NAE_Eesti_seltside_protokollid_1900-1917, lk 4
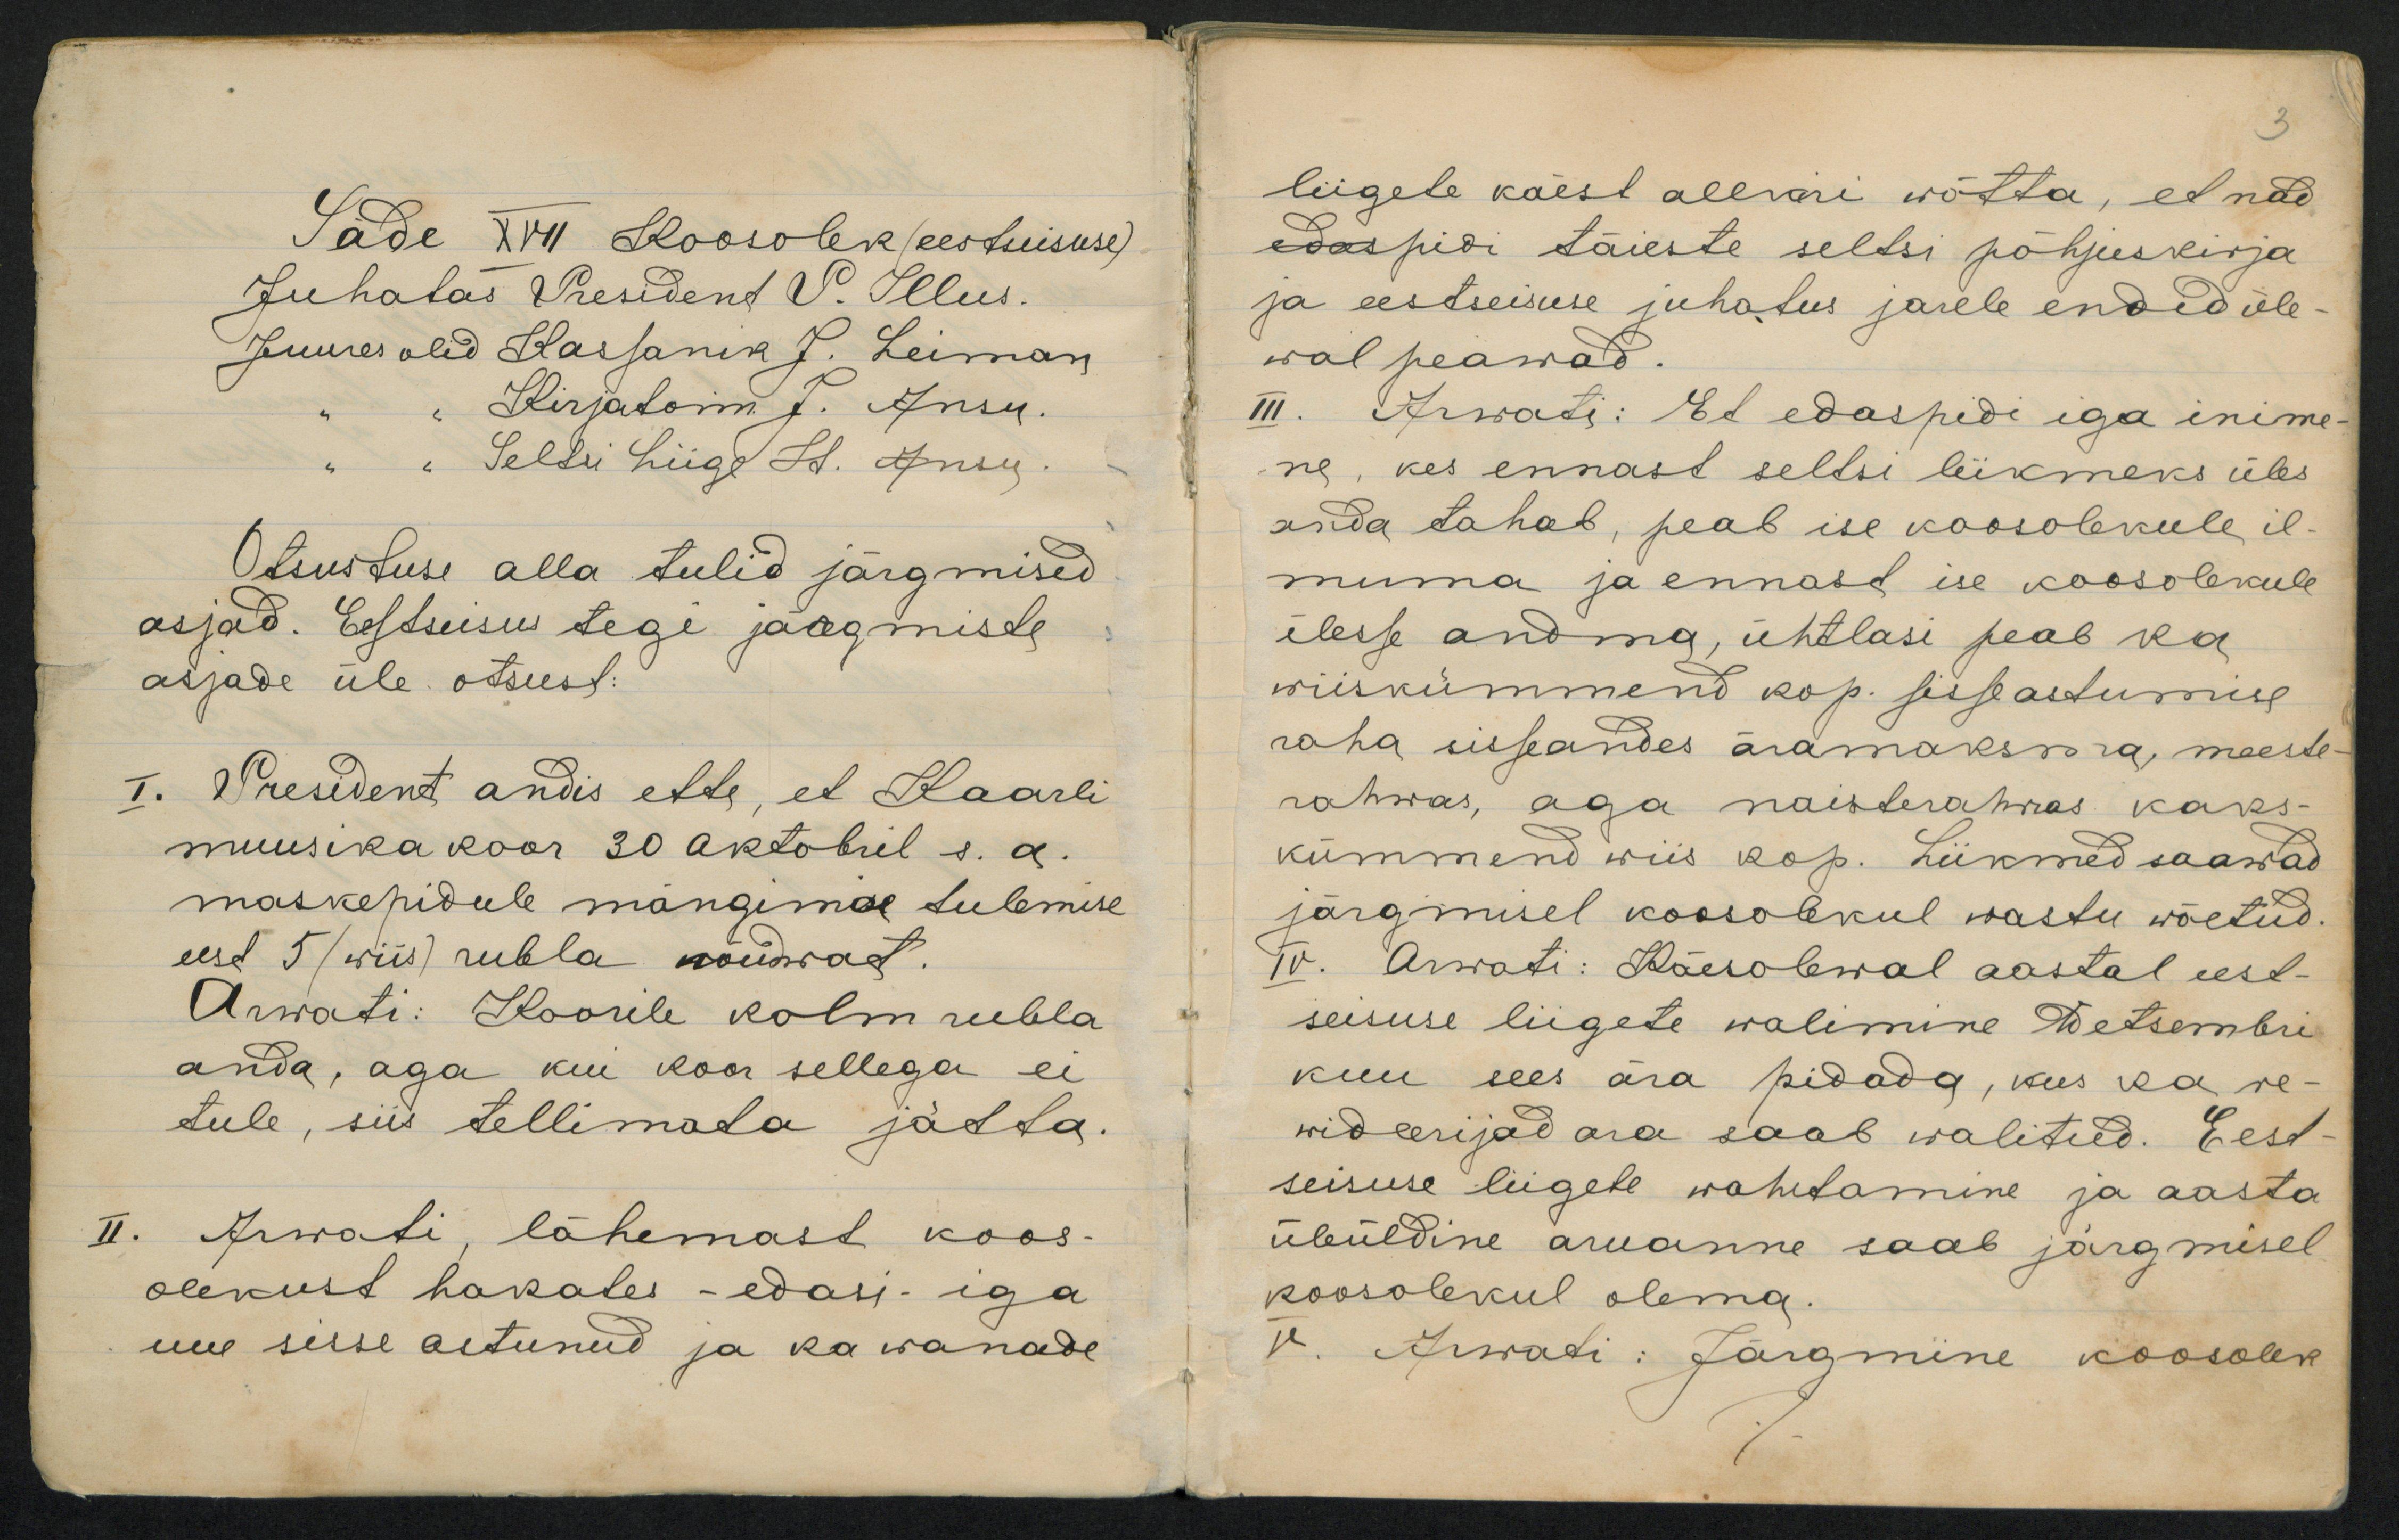
Otsustuse alla tulid järgmised
asjad. Esstseisus tegi järgmisde
asjade üle otsust:
I. President andis ette, et Kaarli
muusika koor 30 oktobril s.a.
maskepidule mängima tulemise
eest 5 (wiis) rubla nõudwat.
Arwati: Koorile kolm rubla
anda, aga kui koor sellega ei
tule, siis tellimata jätta.
II. Arwati lähemast koos-
olekust hakates - edasi - iga
uue sisse astunud ja ka wanade

liigede käest allkiri wõtta, et nad
edaspidi täieste seltsi põhjuskirja
ja eestseisuse juhatus järele endid üle-
wal peawad
III. Arwati: Et edaspidi iga inime
ne, kes ennast seltsi liikmeks üles
anda tahab, peab ise koosolekule il-
muma ja ennast ise koosolekule
ülesse andma, ühtlasi peab ka
wiiskümmend kop. sisseastumise
raha sisseandes äramaksma, meeste
rahwas, aga naisterahwas kaks
kümmend wiis kop. Liikmed saawad
järgmisel koosolekul wastu wõetud.
IV. Arwati: Käesolewal aastal eest-
seisuse liigete walimine Detsembri
kuu eees ära pidada, kus ka re-
wideerijad ära saab walitud. Eest
seisuse liigete wahetamine ja aasta
üleüldine aruanne saab järgmisel
koosolekul olema.
V. Arwati: Järgmine koosolek